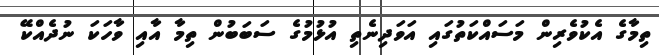
ތިމާގެ އެކުވެރިން މަސައްކަތުގައި އަވަދިނެތި އުޅުމުގެ ސަބަބުން ތިމާ އާއި ވާހަކަ ނުދެއްކޭ